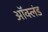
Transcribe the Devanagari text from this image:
ऑक्लंड